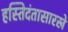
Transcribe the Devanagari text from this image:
हस्तिदंतासारखे